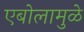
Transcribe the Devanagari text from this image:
एबोलामुळे